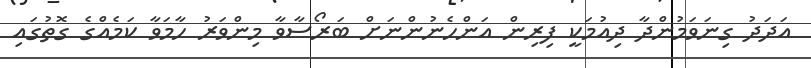
އަދަދު ގިނަވަމުންދާ ދިއުމަކީ ފިރިން އަންހެނުންނަށް ބަރޯސާވާ މިންވަރު ހާމަވާ ކަމެއްގެ ގޮތުގައި